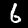
Label: 6